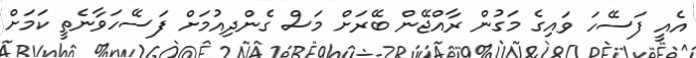
އެއީ ފަސޭހަ ވައިގެ މަގުން ރާއްޖޭން ބޭރަށް މަސް ގެންދިއުމަށް ފަސޭހަވާނެތީ ކަމަށް